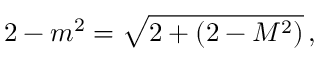
2 - m ^ { 2 } = { \sqrt { 2 + ( 2 - M ^ { 2 } ) } } \, ,